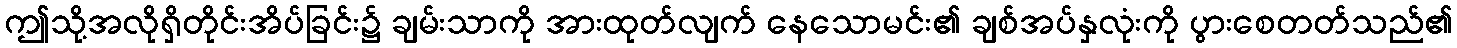
ဤသို့အလိုရှိတိုင်းအိပ်ခြင်း၌ ချမ်းသာကို အားထုတ်လျက် နေသောမင်း၏ ချစ်အပ်နှလုံးကို ပွားစေတတ်သည်၏